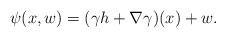
\begin{align*} \psi(x,w)=(\gamma h+\nabla\gamma)(x)+w.\end{align*}